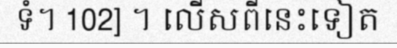
ទំ។ 102] ។ លើសពីនេះទៀត